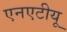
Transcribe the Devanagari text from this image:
एनएटीयू